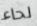
لحاء